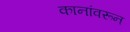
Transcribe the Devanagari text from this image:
कानांवरून